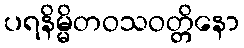
ပရနိမ္မိတဝသဝတ္တိနော